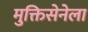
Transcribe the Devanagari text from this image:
मुक्तिसेनेला